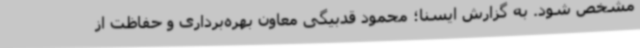
مشخص شود. به گزارش ایسنا؛ محمود قدبیگی معاون بهره‌برداری و حفاظت از